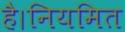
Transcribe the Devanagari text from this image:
है।नियमित